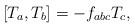
LaTeX: \begin{align*}\lbrack T_{a},T_{b}]=-f_{abc}T_{c}, \end{align*}